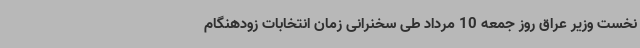
نخست وزیر عراق روز جمعه 10 مرداد طی سخنرانی زمان انتخابات زودهنگام